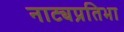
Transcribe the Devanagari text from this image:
नाट्यप्रतिभा